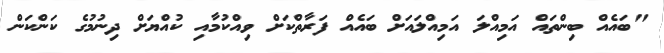
"ބައެއް ބިންތައް އަމިއްލަ އަމިއްލައަށް ބައެއް ފަރާތްކަށް ވިއްކުމާއި ކުއްޔަށް ދިނުމުގެ ކަންކަން